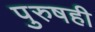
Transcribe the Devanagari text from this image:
पुरुषही